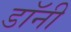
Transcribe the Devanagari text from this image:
डाॅनी